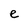
Character: e